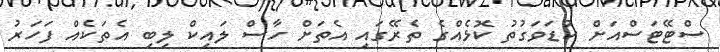
ސްޓޭޓަސްއަށް ކުޑަވަގުތު ކޮޅެއްގެ ތެރޭގައި އެތަށް ހާސް ލައިކް ލިބި އެތަކެއް ފަހަރު